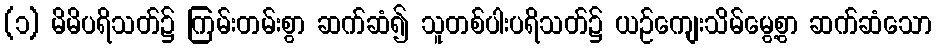
(၁) မိမိပရိသတ်၌ ကြမ်းတမ်းစွာ ဆက်ဆံ၍ သူတစ်ပါးပရိသတ်၌ ယဉ်ကျေးသိမ်မွေ့စွာ ဆက်ဆံသော